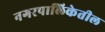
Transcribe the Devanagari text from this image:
नगरपालिकेतील